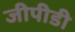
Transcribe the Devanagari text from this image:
जीपीडी